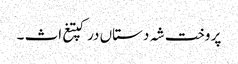
پر وخت شہ دستاں درکپتغ اث ۔